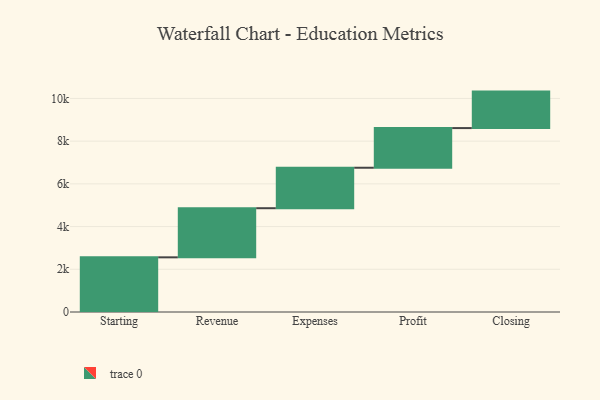
{"axis": {"x": "Step", "y": "Value"}, "legend": [""], "data": [{"x": "Starting", "y": 2560.0, "type": ""}, {"x": "Revenue", "y": 2300.0, "type": ""}, {"x": "Expenses", "y": 1895.0, "type": ""}, {"x": "Profit", "y": 1857.0, "type": ""}, {"x": "Closing", "y": 1708.0, "type": ""}]}